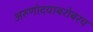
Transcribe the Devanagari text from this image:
अरुणोदयाबरोबरच